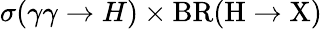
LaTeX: \sigma(\gamma\gamma\rightarrow H)\times\mathrm{{BR}(H\rightarrow X)}